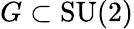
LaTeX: G\subset{\mathrm{SU}}(2)